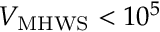
\ensuremath { V _ { \mathrm { M H W S } } } < 1 0 ^ { 5 }